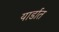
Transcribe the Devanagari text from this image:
यार्डात